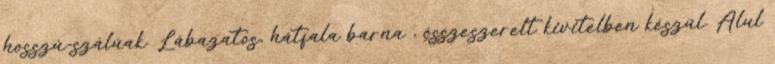
hosszú-szálúak. Lábazatos, hátfala barna , összeszerelt kivitelben készül. Alul